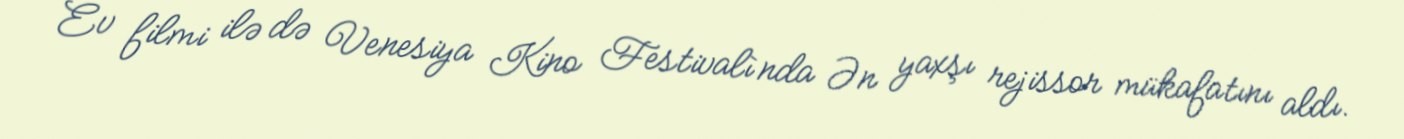
Ev filmi ilə də Venesiya Kino Festivalı`nda Ən yaxşı rejissor mükafatını aldı.